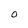
Character: O